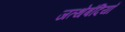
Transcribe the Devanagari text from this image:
जत्थेबंदियाँ